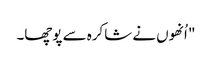
" اُنھوں نے شاکرہ سے پوچھا۔